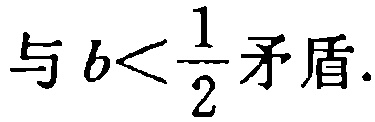
与 \(b<\frac{1}{2}\) 矛盾.